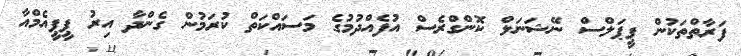
ފަރާތްތަކުން ޕީޕަލްސް ނޭޝަނަލް ކޮންގްރެސް އުފެއްދުމުގެ މަސައްކަތް ކުރަމުން ގެންދާ އިރު ޕީޕީއެމްއާ